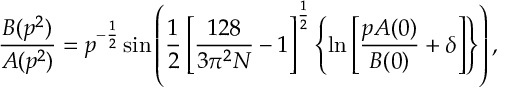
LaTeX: \frac { B ( p ^ { 2 } ) } { A ( p ^ { 2 } ) } = p ^ { - \frac { 1 } { 2 } } \sin \left( \frac { 1 } { 2 } \left[ \frac { 1 2 8 } { 3 \pi ^ { 2 } N } - 1 \right] ^ { \frac { 1 } { 2 } } \left\{ \ln \left[ \frac { p A ( 0 ) } { B ( 0 ) } + \delta \right] \right\} \right) ,